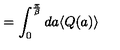
= \int _ { 0 } ^ { \frac { \pi } { \beta } } d a \langle Q ( a ) \rangle